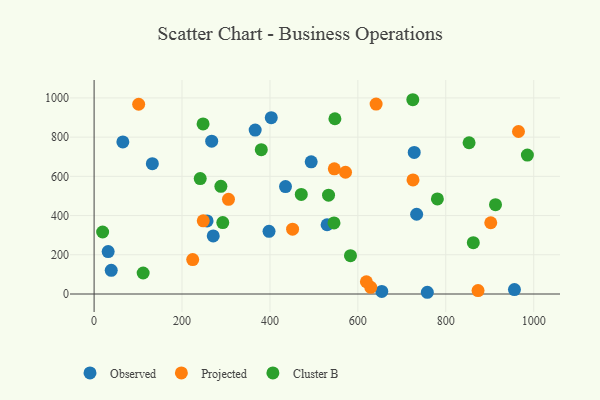
{"axis": {"x": "Price", "y": "Salary"}, "legend": ["Cluster B", "Observed", "Projected"], "data": [{"x": "397.9", "y": 319.7, "type": "Observed"}, {"x": "728.2", "y": 722.1, "type": "Observed"}, {"x": "267.5", "y": 779.5, "type": "Observed"}, {"x": "530.0", "y": 353.2, "type": "Observed"}, {"x": "257.0", "y": 372.5, "type": "Observed"}, {"x": "956.2", "y": 22.4, "type": "Observed"}, {"x": "366.4", "y": 835.8, "type": "Observed"}, {"x": "733.7", "y": 406.8, "type": "Observed"}, {"x": "654.4", "y": 12.9, "type": "Observed"}, {"x": "758.0", "y": 8.8, "type": "Observed"}, {"x": "435.4", "y": 547.8, "type": "Observed"}, {"x": "32.0", "y": 216.2, "type": "Observed"}, {"x": "403.0", "y": 899.2, "type": "Observed"}, {"x": "65.4", "y": 775.7, "type": "Observed"}, {"x": "39.0", "y": 120.6, "type": "Observed"}, {"x": "132.5", "y": 664.6, "type": "Observed"}, {"x": "493.8", "y": 674.3, "type": "Observed"}, {"x": "271.0", "y": 296.1, "type": "Observed"}, {"x": "305.7", "y": 482.9, "type": "Projected"}, {"x": "965.4", "y": 828.7, "type": "Projected"}, {"x": "725.4", "y": 581.6, "type": "Projected"}, {"x": "571.9", "y": 620.8, "type": "Projected"}, {"x": "629.3", "y": 34.2, "type": "Projected"}, {"x": "546.4", "y": 638.4, "type": "Projected"}, {"x": "619.4", "y": 62.6, "type": "Projected"}, {"x": "873.4", "y": 17.7, "type": "Projected"}, {"x": "101.4", "y": 967.8, "type": "Projected"}, {"x": "248.3", "y": 373.4, "type": "Projected"}, {"x": "902.3", "y": 363.4, "type": "Projected"}, {"x": "224.3", "y": 175.4, "type": "Projected"}, {"x": "641.5", "y": 968.8, "type": "Projected"}, {"x": "451.5", "y": 330.8, "type": "Projected"}, {"x": "913.1", "y": 455.8, "type": "Cluster B"}, {"x": "985.6", "y": 708.7, "type": "Cluster B"}, {"x": "533.3", "y": 503.9, "type": "Cluster B"}, {"x": "241.4", "y": 588.7, "type": "Cluster B"}, {"x": "471.3", "y": 507.8, "type": "Cluster B"}, {"x": "725.0", "y": 990.8, "type": "Cluster B"}, {"x": "780.9", "y": 485.0, "type": "Cluster B"}, {"x": "288.4", "y": 549.1, "type": "Cluster B"}, {"x": "583.2", "y": 195.4, "type": "Cluster B"}, {"x": "292.7", "y": 364.1, "type": "Cluster B"}, {"x": "545.7", "y": 362.6, "type": "Cluster B"}, {"x": "247.9", "y": 867.4, "type": "Cluster B"}, {"x": "19.4", "y": 316.3, "type": "Cluster B"}, {"x": "380.3", "y": 736.3, "type": "Cluster B"}, {"x": "111.6", "y": 107.2, "type": "Cluster B"}, {"x": "547.8", "y": 893.8, "type": "Cluster B"}, {"x": "862.6", "y": 261.8, "type": "Cluster B"}, {"x": "853.0", "y": 771.5, "type": "Cluster B"}]}